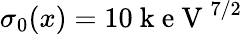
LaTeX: \sigma_{0}(x)=10\mathrm{~k~e~V~}^{7/2}